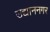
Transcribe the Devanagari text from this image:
उद्याननगर